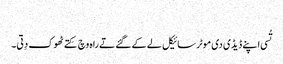
‏
تُسی اپنے ڈیڈی دی موٹر سائیکل لے کے گئے تے راہ وچ کِتے ٹھوک دِتی۔